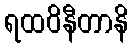
ရထဝိနီတာနိ